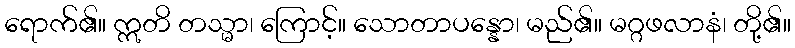
ရောက်၏။ ဣတိ တသ္မာ၊ ကြောင့်။ သောတာပန္နော၊ မည်၏။ မဂ္ဂဖလာနံ၊ တို့၏။